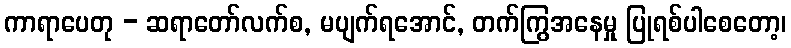
ကာရာပေတု - ဆရာတော်လက်စ, မပျက်ရအောင်, တက်ကြွအနေမှု ပြုရစ်ပါစေတော့၊